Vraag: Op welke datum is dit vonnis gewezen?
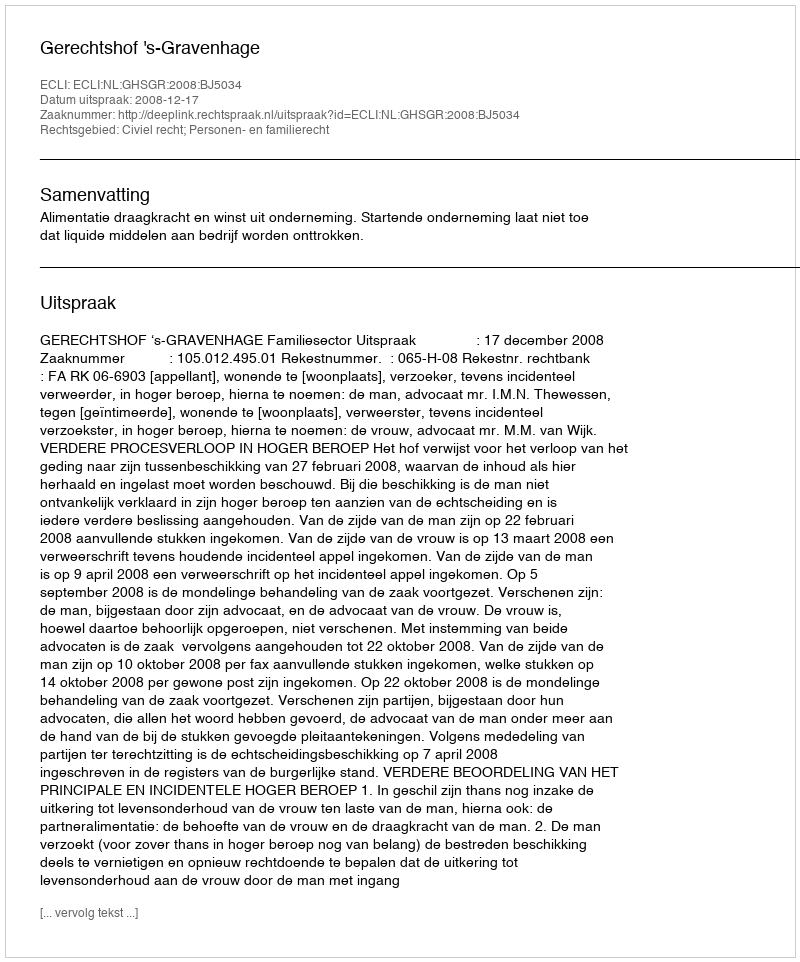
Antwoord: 2008-12-17